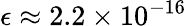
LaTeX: \epsilon\approx 2.2\times 10^{-16}